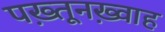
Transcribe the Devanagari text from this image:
पख़्तूनख़्वाह